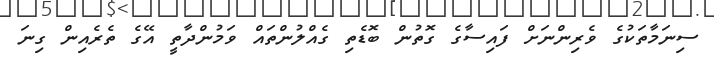
ސިނަމާތަކުގެ ވެރިންނަށް ފައިސާގެ ގޮތުން ބޮޑެތި ގެއްލުންތައް ވަމުންދާތީ އޭގެ ތެރެއިން ގިނަ